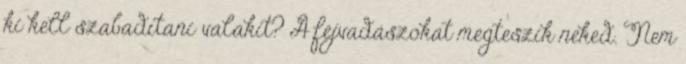
ki kell szabadítani valakit? A fejvadászokat megteszik neked. Nem